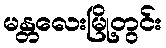
မန္တလေးမြို့တွင်း